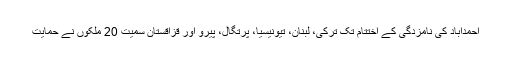
احمدآباد کی نامزدگی کے اختتام تک ترکی، لبنان، تیونیسیا، پرتگال، پیرو اور قزاقستان سمیت 20 ملکوں نے حمایت